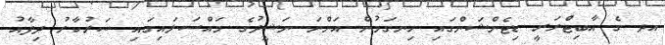
އދ ގެ އާބިޓްރަރީ ޑިޓެންޝަންގައި ހިނގަމުން އަންނަ ނަޝީދުގެ މައްސަލައިގައި ސަރުކާރު ދިފާއު